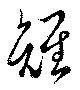
雉